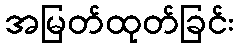
အမြတ်ထုတ်ခြင်း